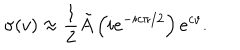
\sigma ( v ) \approx \frac { 1 } { 2 } \tilde { A } \left( i e ^ { - i c \pi / 2 } \right) e ^ { c v } .